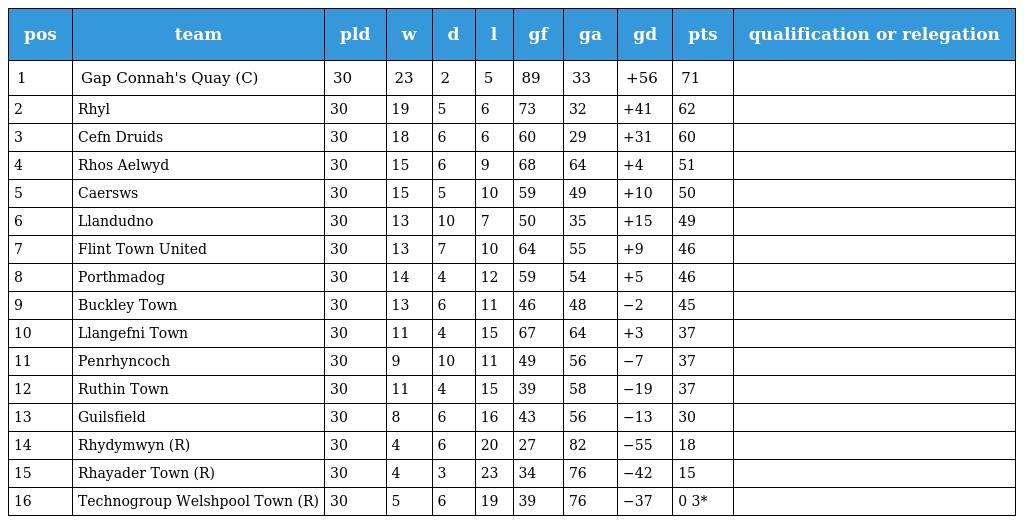
| pos | team | pld | w | d | l | gf | ga | gd | pts | qualification or relegation |
 | --- | --- | --- | --- | --- | --- | --- | --- | --- | --- | --- |
 | 1 | Gap Connah's Quay (C) | 30 | 23 | 2 | 5 | 89 | 33 | +56 | 71 |  |
 | 2 | Rhyl | 30 | 19 | 5 | 6 | 73 | 32 | +41 | 62 |  |
 | 3 | Cefn Druids | 30 | 18 | 6 | 6 | 60 | 29 | +31 | 60 |  |
 | 4 | Rhos Aelwyd | 30 | 15 | 6 | 9 | 68 | 64 | +4 | 51 |  |
 | 5 | Caersws | 30 | 15 | 5 | 10 | 59 | 49 | +10 | 50 |  |
 | 6 | Llandudno | 30 | 13 | 10 | 7 | 50 | 35 | +15 | 49 |  |
 | 7 | Flint Town United | 30 | 13 | 7 | 10 | 64 | 55 | +9 | 46 |  |
 | 8 | Porthmadog | 30 | 14 | 4 | 12 | 59 | 54 | +5 | 46 |  |
 | 9 | Buckley Town | 30 | 13 | 6 | 11 | 46 | 48 | −2 | 45 |  |
 | 10 | Llangefni Town | 30 | 11 | 4 | 15 | 67 | 64 | +3 | 37 |  |
 | 11 | Penrhyncoch | 30 | 9 | 10 | 11 | 49 | 56 | −7 | 37 |  |
 | 12 | Ruthin Town | 30 | 11 | 4 | 15 | 39 | 58 | −19 | 37 |  |
 | 13 | Guilsfield | 30 | 8 | 6 | 16 | 43 | 56 | −13 | 30 |  |
 | 14 | Rhydymwyn (R) | 30 | 4 | 6 | 20 | 27 | 82 | −55 | 18 |  |
 | 15 | Rhayader Town (R) | 30 | 4 | 3 | 23 | 34 | 76 | −42 | 15 |  |
 | 16 | Technogroup Welshpool Town (R) | 30 | 5 | 6 | 19 | 39 | 76 | −37 | 0 3* |  |